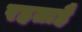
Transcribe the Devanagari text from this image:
रहताहै